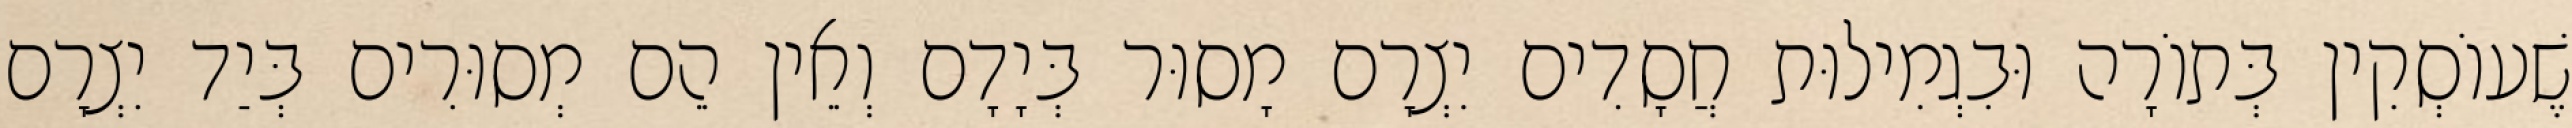
שֶׁעוֹסְקִין בְּתוֹרָה וּבִגְמִילוּת חֲסָדִים יִצְרָם מָסוּר בְּיָדָם וְאֵין הֵם מְסוּרִים בְּיַד יִצְרָם